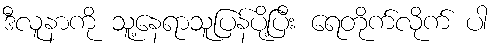
ဒီလူနာကို သူ့နေရာသူပြန်ပို့ပြီး ရေတိုက်လိုက် ပါ